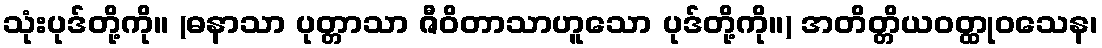
သုံးပုဒ်တို့ကို။ (ဓနာသာ ပုတ္တာသာ ဇီဝိတာသာဟူသော ပုဒ်တို့ကို။) အတိတ္တိယဝတ္ထုဝသေန၊